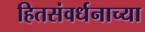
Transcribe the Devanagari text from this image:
हितसंवर्धनाच्या